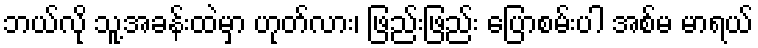
ဘယ်လို သူ့အခန်းထဲမှာ ဟုတ်လား၊ ဖြည်းဖြည်း ပြောစမ်းပါ အစ်မ မာရယ်